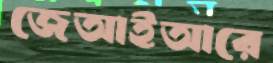
জেআইআরে